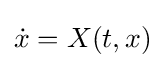
{\dot {x}}=X(t,x)